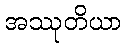
အဿုတိယာ